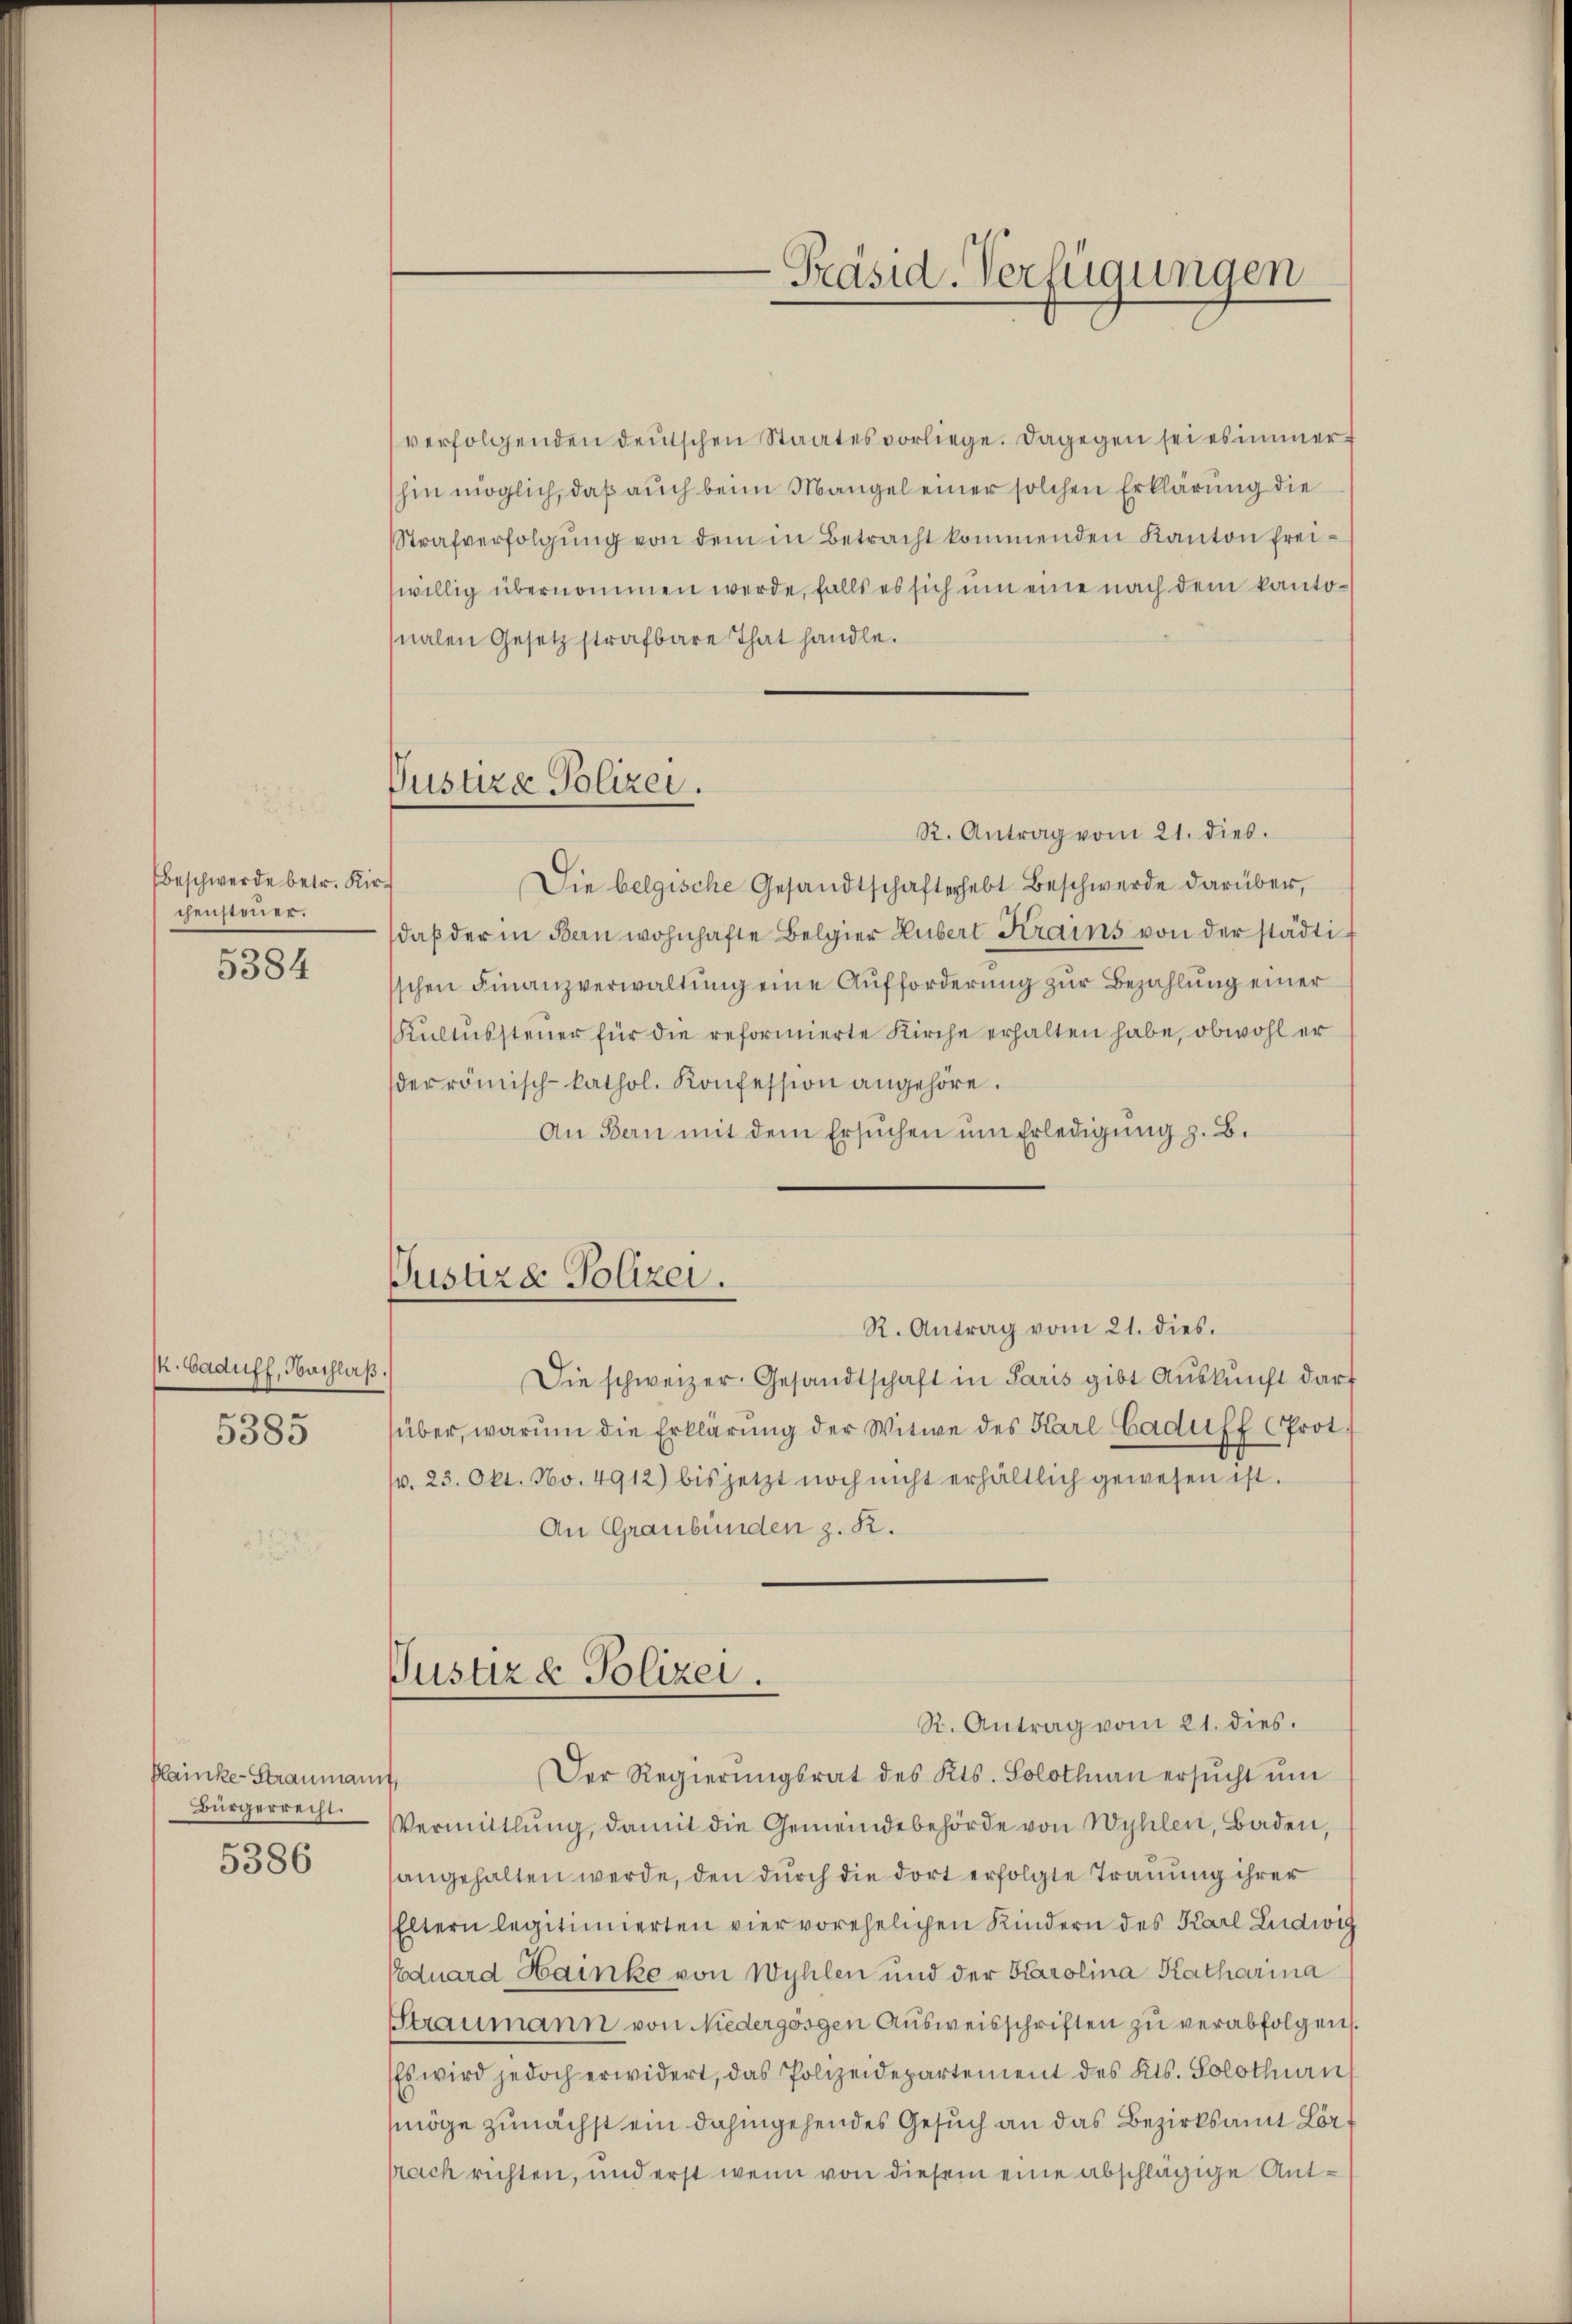
Beschwerde betr. Kirs
chensteuer.
5384

k. Caduff, Nachlaß.
5385

Plainke-Straumann
Bürgerrecht.
5386

Vustire Polizei.

verfolgenden deŭtschen Staates vorliege. Dagegen sei es immer
hin möglich, daß auch beim Mangel einer solchen Erklärung die
Strafverfolgŭng von dem in Betracht kommenden Kanton freiwillig übernommen werde, falls es sich um eine nach dem kantonalen Gesetz strafbare That handle.
R. Antrag vom 21. dies.
Die belgische Gesandtschafterhebt Beschwerde darüber,
daβ der in Bern wohnhafte Belgier Hubert Krains von der städtisschen Finanzverwaltung eine Aufforderung zur Bezahlung einer
Kultussteuer für die reformierte Kirche erhalten habe, obwohl er
der römisch-kathol. Konfession angehöre.
An Bern mit dem Ersuchen um Erledigung z. B.
R. Antrag vom 21. dies.
Die schweizer. Gesandtschaft in Paris gibt Aŭskŭnft darf
über, warum die Erklärung der Witwe des Karl Gaduff Prot.
p. 23. Okt. No. 4912) bis jetzt noch nicht erhältlich gewesen ist.
An Graubünden z. R.
Justiz & Polizei.
R. Antrag vom 21. dies.
Der Regierŭngsrat des Kts. Solothurn ersŭcht ŭm
t
Vermittlung, damit die Gemeindebehörde von Wyhlen, Baden,
angehalten werde, den dŭrch die dort erfolgte Trauung ihrer
Eltern legitimierten vier vorehelichen Kindern des Karl Ludwig
Eduard Hainke von Wyhlen und der Karolina Katharina
Straumann von Niedergösgen Ausweisschriften zu verabfolgen.
Es wird jedoch erwidert, das Polizeidepartement des Kts. Solothurn
möge zunächst ein dahingehendes Gesuch an das Bezirksamt Lörprach richten, und erst wenn von diesem eine abschlägige Ant¬

Justiz & Polizei.

Präsid. Verfügungen